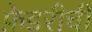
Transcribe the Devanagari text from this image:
फ़ेडरीची